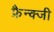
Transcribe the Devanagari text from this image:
फ्रैन्क्जी